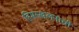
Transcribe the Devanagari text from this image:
हिमस्खलनाची